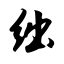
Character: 绌